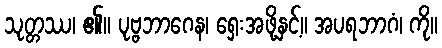
သုတ္တဿ၊ ၏။ ပုဗ္ဗဘာဂေန၊ ရှေးအဖို့နှင့်။ အပရဘာဂံ၊ ကို။